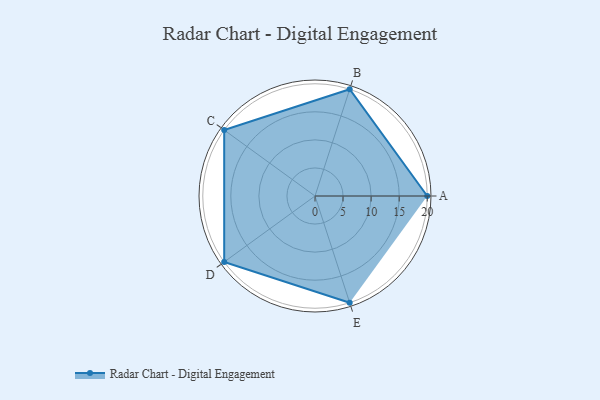
{"axis": {"x": "Skill", "y": "Score"}, "legend": ["Profile"], "data": [{"x": "A", "y": 20, "type": "Profile"}, {"x": "B", "y": 20, "type": "Profile"}, {"x": "C", "y": 20, "type": "Profile"}, {"x": "D", "y": 20, "type": "Profile"}, {"x": "E", "y": 20, "type": "Profile"}]}